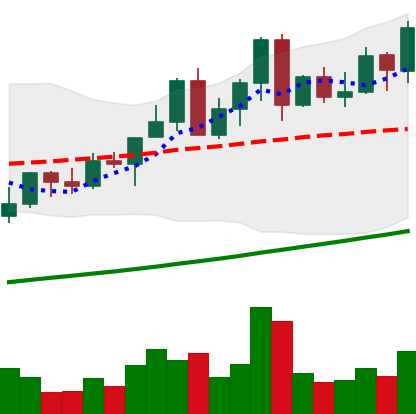
Ticker: LINK-USD
Chart end date: 2021-04-13
Forward return: 10.179%
Label: up_7plus